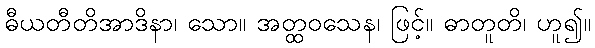
ဓီယတီတိအာဒိနာ၊ သော။ အတ္ထဝသေန၊ ဖြင့်။ ဓာတူတိ၊ ဟူ၍။